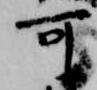
可